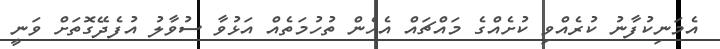
އެމަނިކުފާނު ކުރެއްވި ކުށެއްގެ މައްޗައް އެހެން ތުހުމަތެއް އަޅުވާ ސުވާލު އުފެދޭގޮތަށް ވަނީ